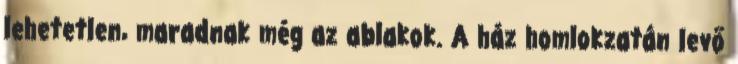
lehetetlen, maradnak még az ablakok. A ház homlokzatán levő